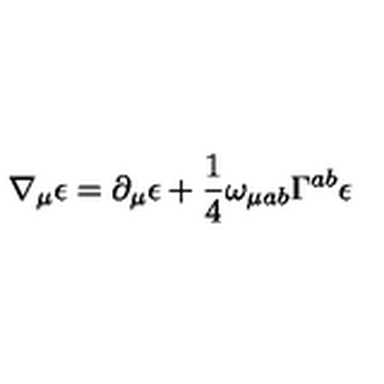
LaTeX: \nabla _ { \mu } \epsilon = \partial _ { \mu } \epsilon + \frac { 1 } { 4 } \omega _ { \mu a b } \Gamma ^ { a b } \epsilon